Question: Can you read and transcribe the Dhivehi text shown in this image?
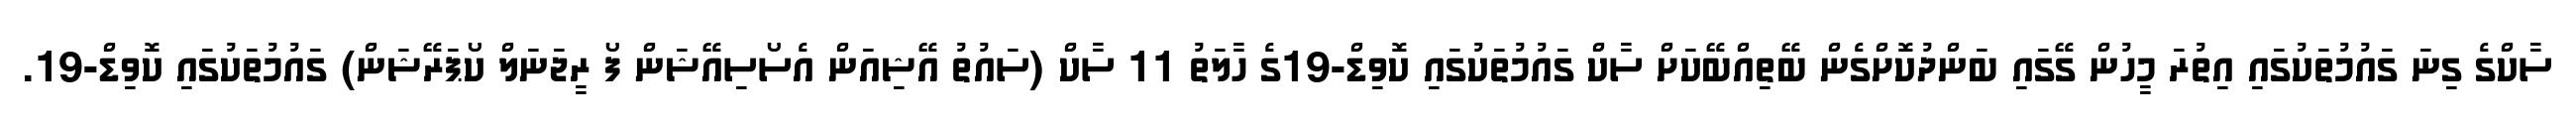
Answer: ސާކްގެ ގިނަ ގައުމުތަކުގައި އިތުރަ މީހުން ގޭގައި ބަންދުކޮށްގެން ބޭތިއްބޭކަށް ސާކް ގައުމުތަކުގައި ކޮވިޑް-19ގެ ހާލަތު 11 ސާކް (ސައުތު އޭޝިއަން އެސޯސިއޭޝަން ފޯ ރީޖަނަލް ކޯޕަރޭޝަން) ގައުމުތަކުގައި ކޮވިޑް-19.